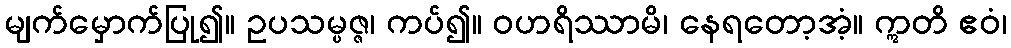
မျက်မှောက်ပြု၍။ ဥပသမ္ပဇ္ဇ၊ ကပ်၍။ ဝဟရိဿာမိ၊ နေရတော့အံ့။ ဣတိ ဧဝံ၊